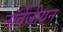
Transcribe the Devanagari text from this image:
नॉर्वेजीयन